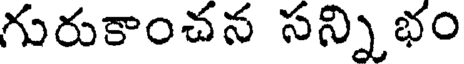
గురుకాంచన సన్నిభం